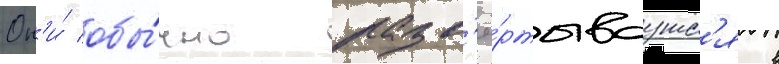
Он'и́ обы́чно разв'ё́ртываутс'я в